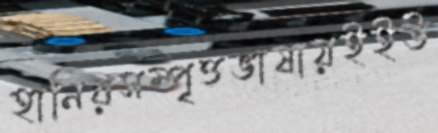
হানিরসম্পৃত্তভাষায়ইইউ